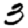
Digit: 3